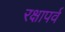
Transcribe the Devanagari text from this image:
रक्षापर्व